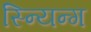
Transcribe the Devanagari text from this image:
स्न्यिन्ग